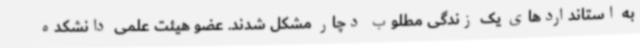
به استانداردهای یک زندگی مطلوب دچار مشکل شدند. عضو هیئت علمی دانشکده